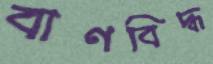
বাণবিদ্ধ